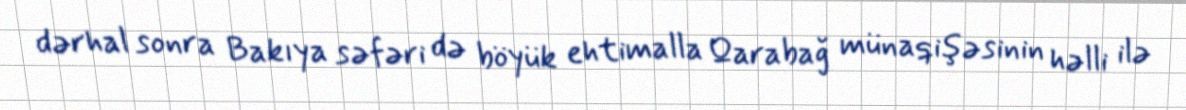
dərhal sonra Bakıya səfəri də böyük ehtimalla Qarabağ münaqişəsinin həlli ilə